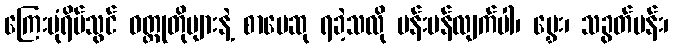
ကြေးမုံရိပ်သွင် ဝတ္ထုတိုများနဲ့ စာပေဆု ရခဲ့သလို ပန်းပန်လျက်ပါ၊ မွှေး၊ သခွတ်ပန်း၊